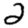
Digit: 2